Vaccination United Provinces of Agra and Oudh 1923-1928 - 1923-1928
Year: 1923
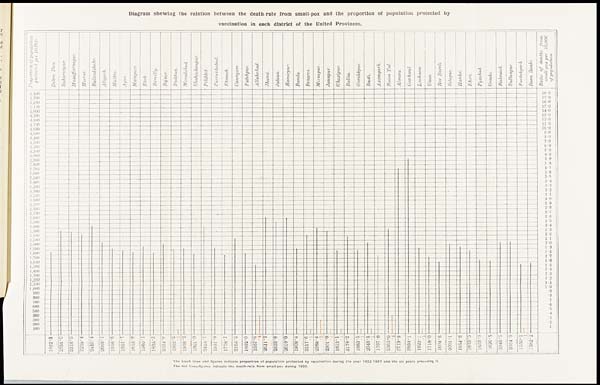
Diagram showing the relation between the death-rate from small-pox and the proportion of population protected by
vaccination in each district of the United Provinces.
The black lines and figures indicate proportion of population protected by vaccination during the year 1922-1923 and the six years preceding it.
The red lines & figures indicate the death-rate from small-pox during 1922.